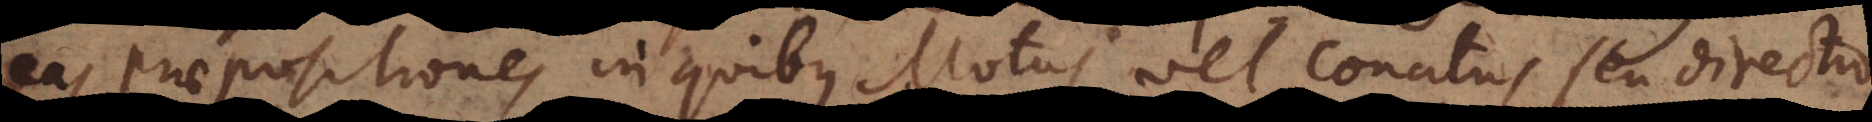
eas praepositiones in quibus Motus vel conatus seu directio